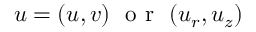
\boldsymbol { u } = ( u , v ) ~ \textrm { o r } ~ ( u _ { r } , u _ { z } )